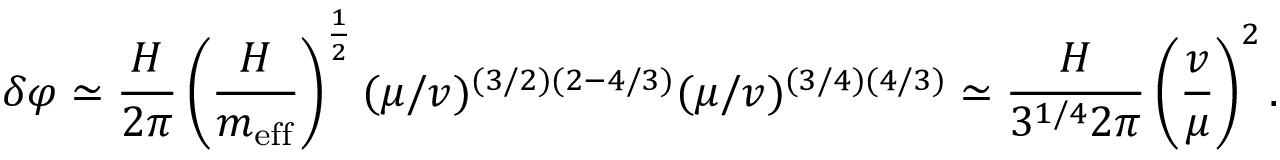
\delta \varphi \simeq \frac { H } { 2 \pi } \left( \frac { H } { m _ { \mathrm { e f f } } } \right) ^ { \frac { 1 } { 2 } } ( \mu / v ) ^ { ( 3 / 2 ) ( 2 - 4 / 3 ) } ( \mu / v ) ^ { ( 3 / 4 ) ( 4 / 3 ) } \simeq \frac { H } { 3 ^ { 1 / 4 } 2 \pi } \left( \frac { v } { \mu } \right) ^ { 2 } .